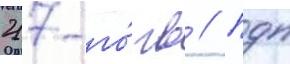
217-го́ гв // Пдп